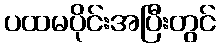
ပထမပိုင်းအပြီးတွင်